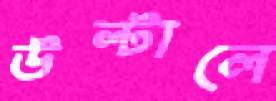
উল্টালে